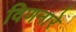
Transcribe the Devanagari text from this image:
विणनारे